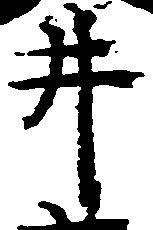
井